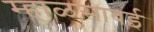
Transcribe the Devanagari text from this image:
म्हाळसाबई